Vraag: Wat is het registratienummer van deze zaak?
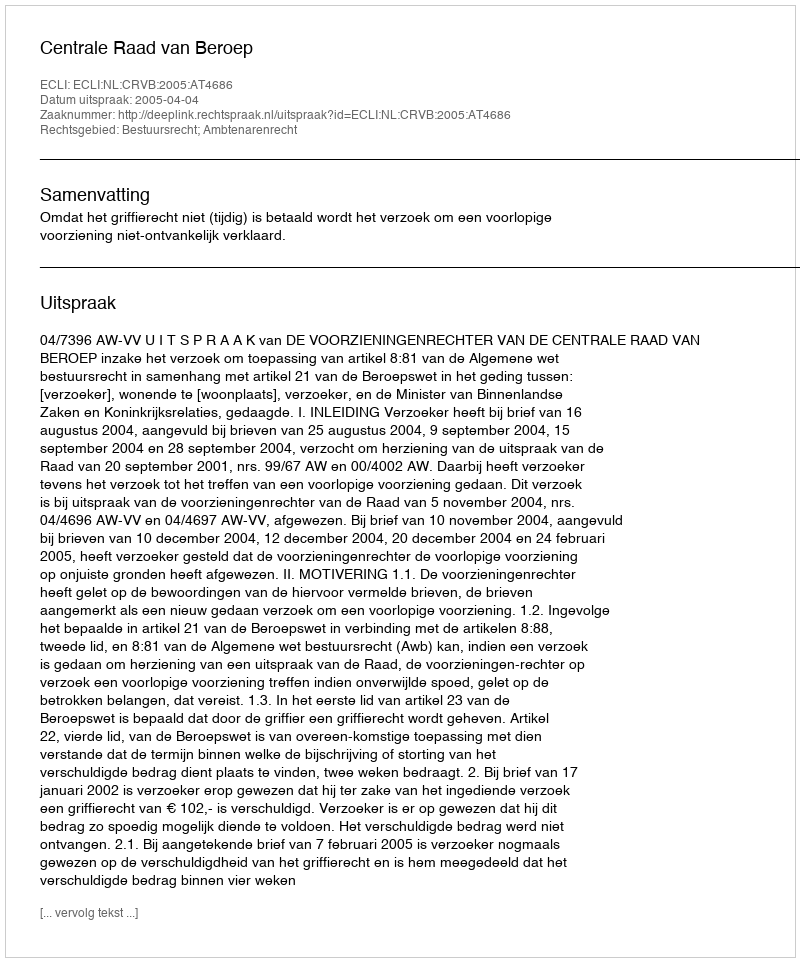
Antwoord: http://deeplink.rechtspraak.nl/uitspraak?id=ECLI:NL:CRVB:2005:AT4686